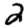
Digit: 2